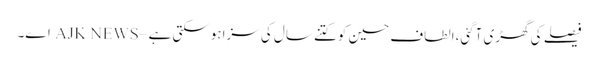
فیصلے کی گھڑی آگئی،الطاف حسین کوکتنے سال کی سزاہوسکتی ہے – AJK NEWS اے۔